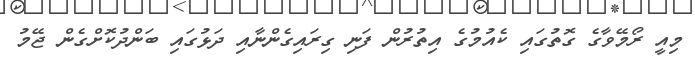
މިއީ ރޯމޭވާގެ ގޮތުގައި ކެއުމުގެ އިތުރުން ފަނި ގިރައިގެންނާއި ދަޅުގައި ބަންދުކޮށްގެން ޖޭމު